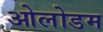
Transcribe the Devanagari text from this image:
ओलोडम